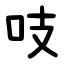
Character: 吱